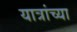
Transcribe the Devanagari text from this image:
यात्रांच्या